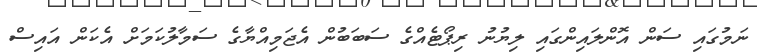
ނަމުގައި ސަން އޮންލައިންގައި ލިޔުނު ރިޕޯޓެއްގެ ސަބަބުން އެޖަމިއްޔާގެ ސަމާލުކަމަށް އެކަން އައިސް